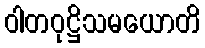
ဝါတဝုဋ္ဌိသမယောတိ